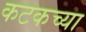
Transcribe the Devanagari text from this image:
कटकच्या